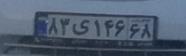
۸۳ی۱۴۶۶۸